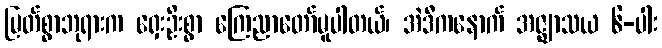
မြတ်စွာဘုရားက ရှေးဦးစွာ ကြေညာတော်မူပါတယ်၊ အဲဒီကနောက် အဇ္ဈာသယ ၆-ပါး